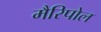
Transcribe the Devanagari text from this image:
मैरिपोल